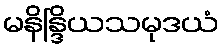
မနိန္ဒြိယသမုဒယံ